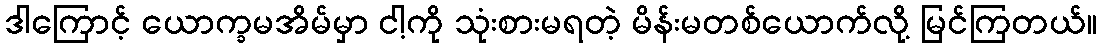
ဒါကြောင့် ယောက္ခမအိမ်မှာ ငါ့ကို သုံးစားမရတဲ့ မိန်းမတစ်ယောက်လို့ မြင်ကြတယ်။